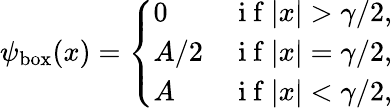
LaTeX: \psi_{\mathrm{{box}}}(x)=\left\{ \begin{array}{ll}{0}&{\mathrm{~i~f~}|x|>\gamma/2,}\\ {A/2}&{\mathrm{~i~f~}|x|=\gamma/2,}\\ {A}&{\mathrm{~i~f~}|x|<\gamma/2,}\end{array}\right.